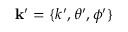
\mathbf { k } ^ { \prime } = \{ k ^ { \prime } , \theta ^ { \prime } , \phi ^ { \prime } \}